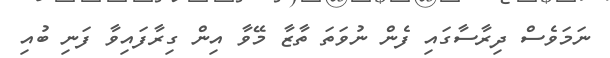
ނަމަވެސް ދިރާސާގައި ފެން ނުވަތަ ތާޒާ މޭވާ އިން ގިރާފައިވާ ފަނި ބުއި